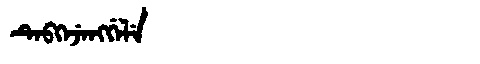
Manchu: ᡨᡝᠪᡴᡝᠵᡝᠩᡤᡝᠯᡝ
Romanization: TEBKEJENGGELE